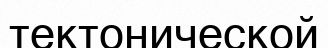
тектонической